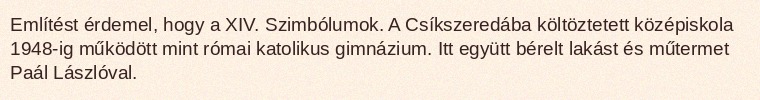
Említést érdemel, hogy a XIV. Szimbólumok. A Csíkszeredába költöztetett középiskola 1948-ig működött mint római katolikus gimnázium. Itt együtt bérelt lakást és műtermet Paál Lászlóval.